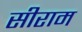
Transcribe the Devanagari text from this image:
सीराम